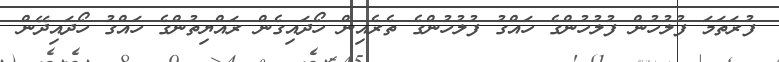
ފުރަތަމަ ފުލުހުން ފުލުހުންގެ ހައްގު ފުލުހުންގެ ތެރެއިން ހޯދައިގެން ރައްޔިތުންގެ ހައްގު ހޯދައިދޭން